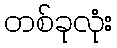
တစ်ခုလုံး